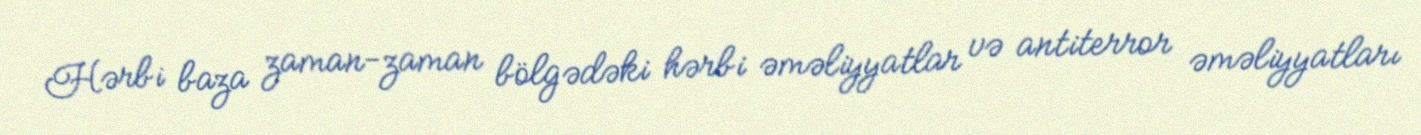
Hərbi baza zaman-zaman bölgədəki hərbi əməliyyatlar və antiterror əməliyyatları